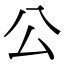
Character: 公